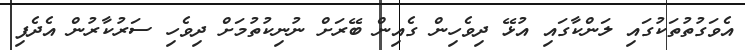
އެވަގުތުތަކުގައި ލަންކާގައި އުޅޭ ދިވެހިން ގެއިން ބޭރަށް ނުނިކުތުމަށް ދިވެހި ސަރުކާރުން އެދެފި